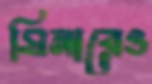
মিনারেও